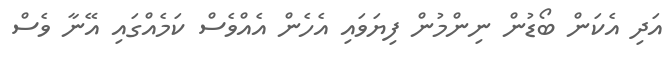
އަދި އެކަން ބޯޑުން ނިންމުން ފިޔަވައި އެހެން އެއްވެސް ކަމެއްގައި އޭނާ ވެސް